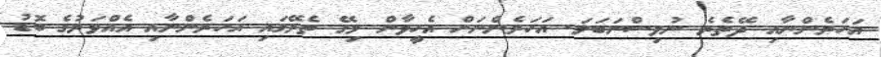
އަހަރެންނާއި ދޭތެރެ ނުވިސްނަބަލަ. އަހަރެންނަށް އެހީވާން މިގޭ ތެރޭގައި އަހަރެންނާއި އެއްވަރުގެ ބޮޑު